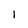
Character: l